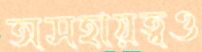
অসহায়ত্বও